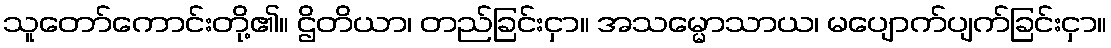
သူတော်ကောင်းတို့၏။ ဌိတိယာ၊ တည်ခြင်းငှာ။ အသမ္မောသာယ၊ မပျောက်ပျက်ခြင်းငှာ။